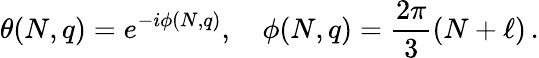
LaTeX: \theta(N,q)=e^{-i\phi(N,q)},~~~~\phi(N,q)=\frac{2\pi}{3}(N+\ell)\, .